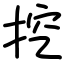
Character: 挖